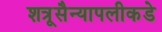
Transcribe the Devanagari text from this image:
शत्रूसैन्यापलीकडे